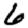
Digit: 6